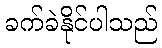
ခက်ခဲနိုင်ပါသည်